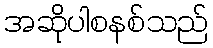
အဆိုပါစနစ်သည်